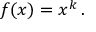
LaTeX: f ( x ) = x ^ { k } \, .